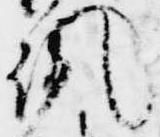
諷